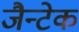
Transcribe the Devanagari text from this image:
जैन्टेक